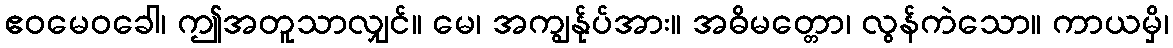
ဧဝမေဝခေါ၊ ဤအတူသာလျှင်။ မေ၊ အကျွန်ုပ်အား။ အဓိမတ္တော၊ လွန်ကဲသော။ ကာယမှိ၊